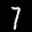
Label: 7